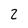
Character: 2